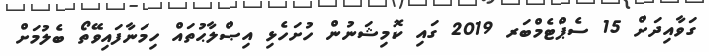
ގަވާއިިދަށް 15 ސެޕްޓެމްބަރ 2019 ގައި ކޮމިޝަނުން ހުށަހެޅި އިޞްލާޙުތައް ހިމަނާފައިވޭތޯ ބެލުމަށް